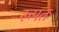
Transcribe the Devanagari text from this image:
रूपतः